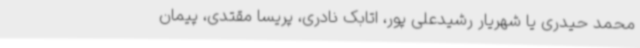
محمد حیدری یا شهریار رشیدعلی پور، اتابک نادری، پریسا مقتدی، پیمان